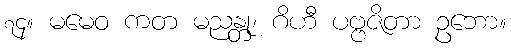
၇၄။ မမေဝ ကတ မညန္တု၊ ဂိဟီ ပဗ္ဗဇိတာ ဥဘော။